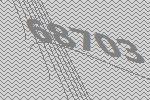
68703